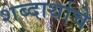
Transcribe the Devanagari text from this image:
शब्दार्थाचे